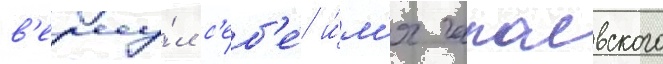
в'ерну́л с'еб'е́ и́м'я чапаевского